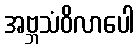
အဗ္ဘသံဝိလာပေါ